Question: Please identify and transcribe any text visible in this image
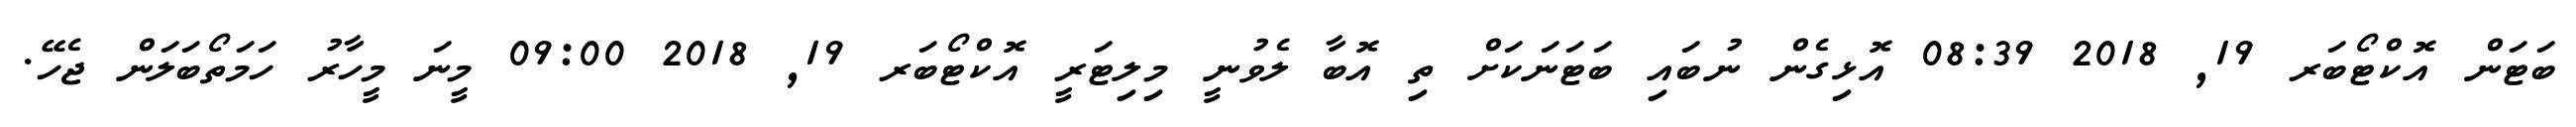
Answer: ބަޓަން އޮކްޓޯބަރ 19, 2018 08:39 އޮޅިގެން ނުބައި ބަޓަނަކަށް ތި އޮބާ ލެވުނީ މިލިޓަރީ އޮކްޓޯބަރ 19, 2018 09:00 މީނަ މީހާރު ހަމަތޯބަލަން ޖެހޭ.